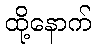
ထို့နောက်